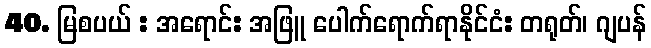
40. မြစပယ် : အရောင်: အဖြူ ပေါက်ရောက်ရာနိုင်ငံ: တရုတ်၊ ဂျပန်